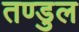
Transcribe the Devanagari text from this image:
तण्डुल